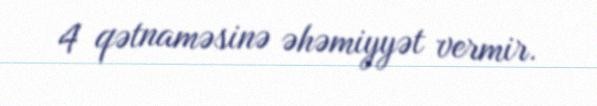
4 qətnaməsinə əhəmiyyət vermir.